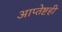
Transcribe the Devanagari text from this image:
आप्तेष्टही